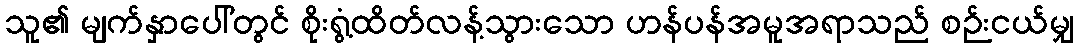
သူ၏ မျက်နှာပေါ်တွင် စိုးရွံ့ထိတ်လန့်သွားသော ဟန်ပန်အမူအရာသည် စဉ်းငယ်မျှ